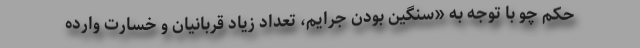
حکم چو با توجه به «سنگین بودن جرایم، تعداد زیاد قربانیان و خسارت وارده